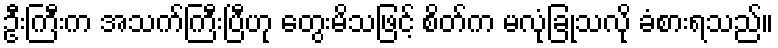
ဦးကြီးက အသက်ကြီးပြီဟု တွေးမိသဖြင့် စိတ်က မလုံခြုံသလို ခံစားရသည်။